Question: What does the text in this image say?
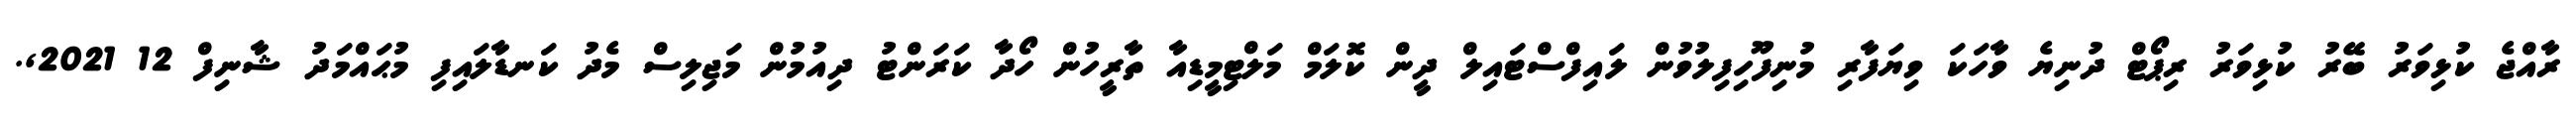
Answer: ރާއްޖެ ކުޅިވަރު ބޭރު ކުޅިވަރު ރިޕޯޓް ދުނިޔެ ވާހަކަ ވިޔަފާރި މުނިފޫހިފިލުވުން ލައިފްސްޓައިލް ދީން ކޮލަމް މަލްޓިމީޑިއާ ތާރީހުން ހޯދާ ކަރަންޓު ދިއުމުން މަޖިލިސް މެދު ކަނޑާލައިފި މުޙައްމަދު ޝާނިފް 12 2021,.